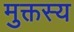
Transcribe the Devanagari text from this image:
मुक्तस्य